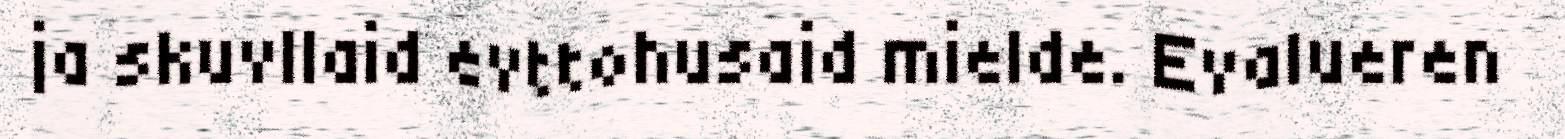
ja skuvllaid evttohusaid mielde. Evalueren